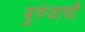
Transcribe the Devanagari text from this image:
बुरुंजाची